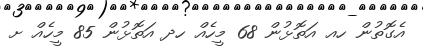
އެގޮތުން ހއ އަތޮޅުން 68 މީހެއް ހދ އަތޮޅުން 85 މީހެއް ށ